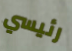
رئيسي